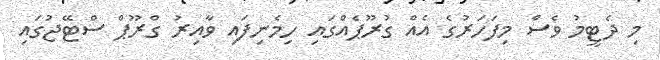
މި ދެޓީމު ވެސް މިފަހަރުގެ އެއް ގުރޫޕެއްގައި ހިމެނިފައި ވާއިރު ގްރޫޕް ސްޓޭޖުގައި